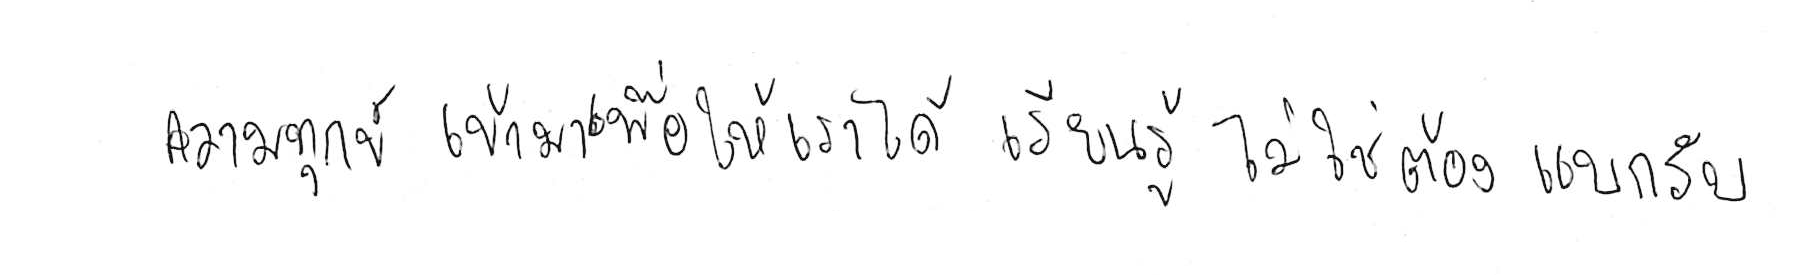
ความทุกข์ เข้ามาเพื่อให้เราได้ เรียนรู้ ไม่ใช่ต้อง แบกรับ